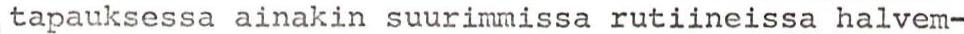
tapauksessa ainakin suurimmissa rutiineissa halvem-